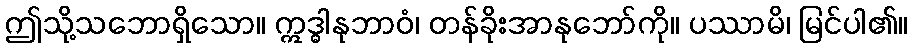
ဤသို့သဘောရှိသော။ ဣဒ္ဓါနုဘာဝံ၊ တန်ခိုးအာနုဘော်ကို။ ပဿာမိ၊ မြင်ပါ၏။